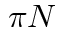
\pi N